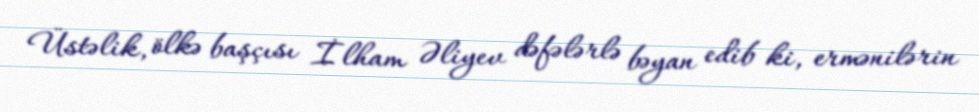
Üstəlik, ölkə başçısı İlham Əliyev dəfələrlə bəyan edib ki, ermənilərin